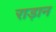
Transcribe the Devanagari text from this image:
राड़ान